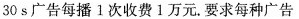
30 s 广告每播1次收费1万元。要求每种广告